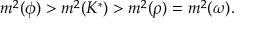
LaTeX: m ^ { 2 } ( \phi ) > m ^ { 2 } ( K ^ { * } ) > m ^ { 2 } ( \rho ) = m ^ { 2 } ( \omega ) .